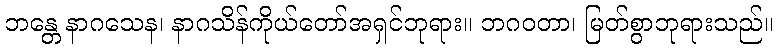
ဘန္တေ နာဂသေန၊ နာဂသိန်ကိုယ်တော်အရှင်ဘုရား။ ဘဂဝတာ၊ မြတ်စွာဘုရားသည်။